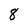
Character: 8